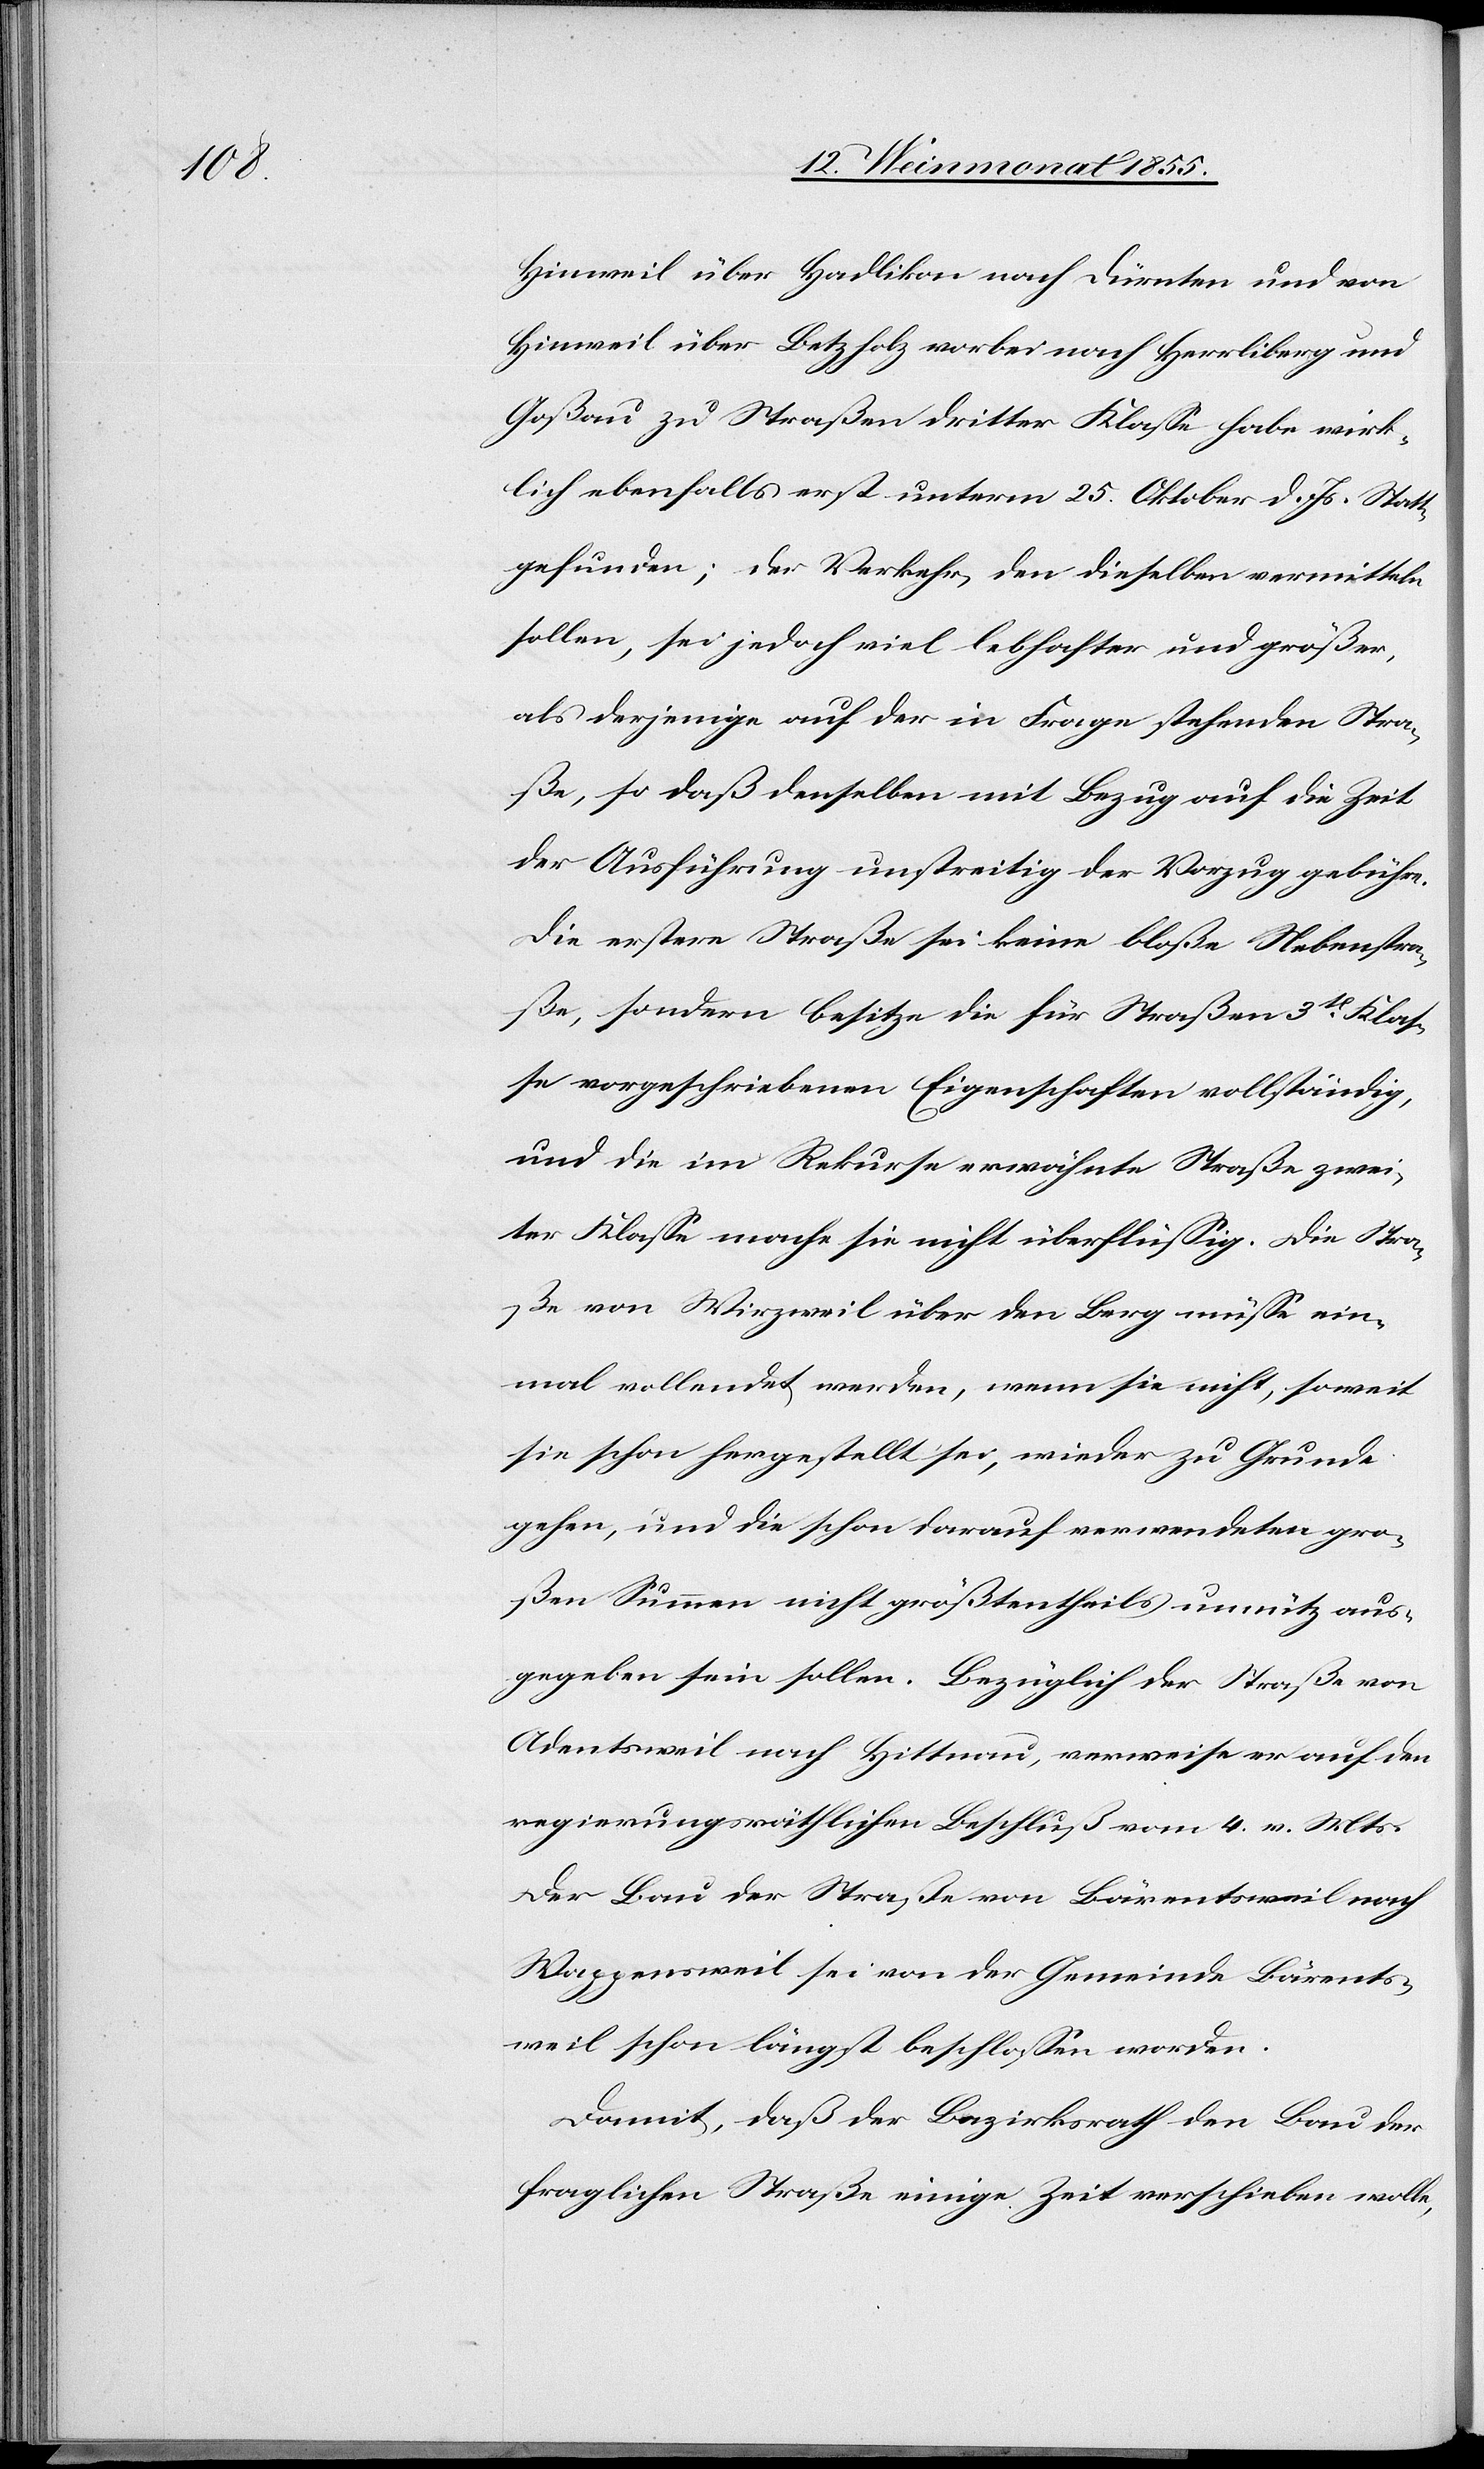
Hinweil über Hadlikon nach Dürnten und von
Hinweil über Betzholz vorbei nach Herrliberg und
Goßau zu Straßen dritter Klasse habe wirk¬
lich ebenfalls erst unterm 25. Oktober d. Js. Statt
gefunden; der Verkehr, den dieselben vermitteln
sollen, sei jedoch viel lebhafter und größer,
als derjenige auf der in Frage stehenden Stra¬
ße, so daß denselben mit Bezug auf die Zeit
der Ausführung unstreitig der Vorzug gebühre.
Die erstere Straße sei keine bloße Nebenstra¬
ße, sondern besitze die für Straßen 3t. Klas¬
se vorgeschriebenen Eigenschaften vollständig,
und die im Rekurse erwähnte Straße zwei¬
ter Klasse mache sie nicht überflüssig. Die Stra¬
ße von Wirzweil über den Berg müsse ein¬
mal vollendet werden, wenn sie nicht, soweit
sie schon hergestellt sei, wieder zu Grunde
gehen, und die schon darauf verwendeten gro¬
ßen Summen nicht größtentheils unnütz aus¬
gegeben sein sollen. Bezüglich der Straße von
Adentsweil nach Hittnau, verweise er auf den
regierungsräthlichen Beschluß vom 4. v. Mts.
Der Bau der Straße von Bärentsweil nach
Wappensweil sei von der Gemeinde Bärents¬
weil schon längst beschlossen worden.
Damit, daß der Bezirksrath den Bau der
fraglichen Straße einige Zeit verschieben wolle,